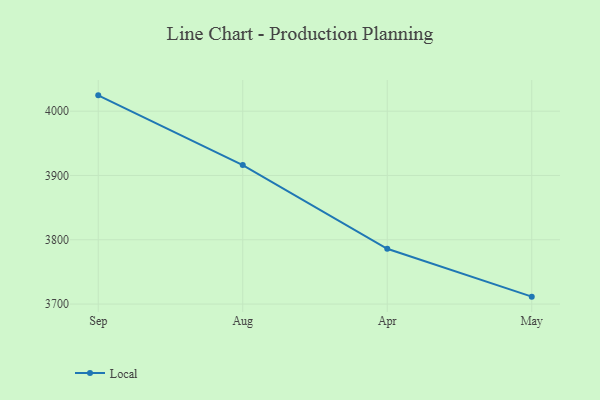
{"axis": {"x": "Month", "y": "Backlog"}, "legend": ["Local"], "data": [{"x": "Sep", "y": 4024.6, "type": "Local"}, {"x": "Aug", "y": 3916.1, "type": "Local"}, {"x": "Apr", "y": 3785.9, "type": "Local"}, {"x": "May", "y": 3711.5, "type": "Local"}]}